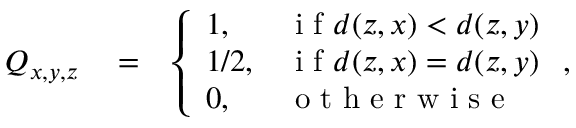
\begin{array} { r l r } { Q _ { x , y , z } } & { { } = } & { \left\{ \begin{array} { l l } { 1 , } & { \mathrm { ~ i ~ f ~ } d ( z , x ) < d ( z , y ) } \\ { 1 / 2 , } & { \mathrm { ~ i ~ f ~ } d ( z , x ) = d ( z , y ) } \\ { 0 , } & { \mathrm { ~ o ~ t ~ h ~ e ~ r ~ w ~ i ~ s ~ e ~ } } \end{array} \right. , } \end{array}